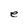
Character: e